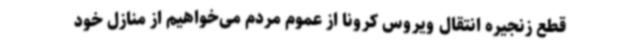
قطع زنجیره انتقال ویروس کرونا از عموم مردم می‌خواهیم از منازل خود